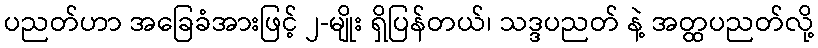
ပညတ်ဟာ အခြေခံအားဖြင့် ၂-မျိုး ရှိပြန်တယ်၊ သဒ္ဒပညတ် နဲ့ အတ္ထပညတ်လို့